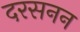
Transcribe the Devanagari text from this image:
दरसनन